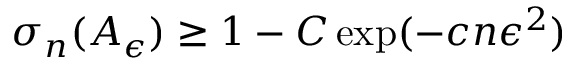
\sigma _ { n } ( A _ { \epsilon } ) \geq 1 - C \exp ( - c n \epsilon ^ { 2 } )